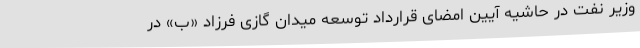
وزیر نفت در حاشیه آیین امضای قرارداد توسعه میدان گازی فرزاد «ب» در